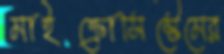
মাইক্রোসিস্টেমের